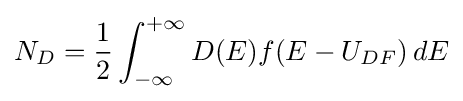
N_{D}={\frac {1}{2}}\int _{-\infty }^{+\infty }D(E)f(E-U_{DF})\,dE